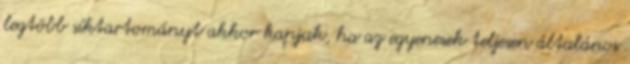
legtöbb síktartományt akkor kapjuk, ha az egyenesek teljesen általános